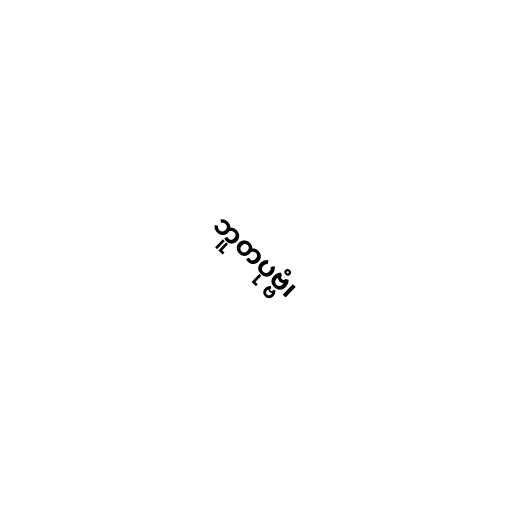
ဘူတပုဗ္ဗံ၊